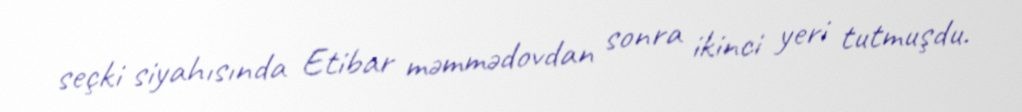
seçki siyahısında Etibar məmmədovdan sonra ikinci yeri tutmuşdu.